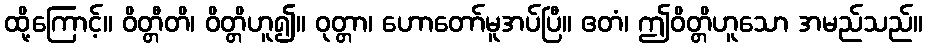
ထို့ကြောင့်။ ဝိတ္တီတိ၊ ဝိတ္တိဟူ၍။ ဝုတ္တာ၊ ဟောတော်မူအပ်ပြီ။ ဧတံ၊ ဤဝိတ္တိဟူသော အမည်သည်။